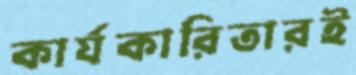
কার্যকারিতারই